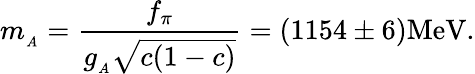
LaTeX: m_{_A}=\frac{f_{\pi}}{g_{_A}\sqrt{c(1-c)}}=(1154\pm 6)\mathrm{MeV}.